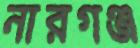
নারগঞ্জ